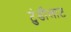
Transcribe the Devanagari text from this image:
टुंडीलाट